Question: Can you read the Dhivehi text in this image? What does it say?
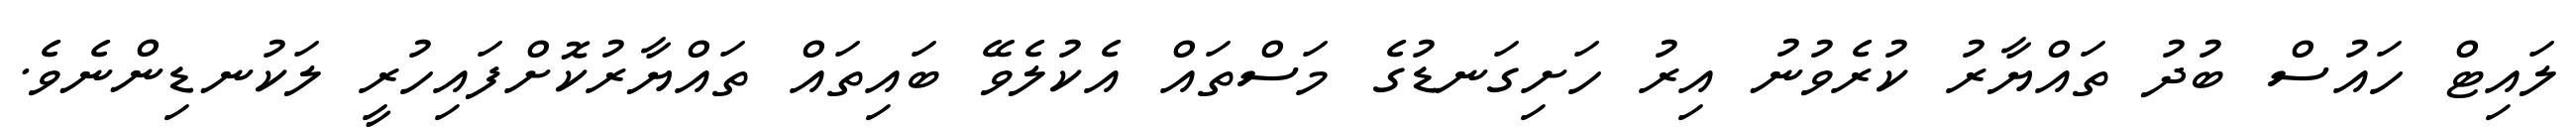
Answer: ލައިޓް ހައުސް ބުދު ތައްޔާރު ކުރެވުނު އިރު ހަށިގަނޑުގެ މަސްތައް އެކުލެވޭ ބައިތައް ތައްޔާރުކޮށްފައިހުރީ ލަކުނޑިންނެވެ.